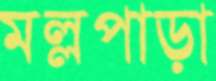
মল্লপাড়া